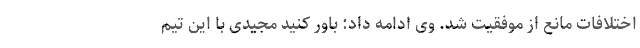
اختلافات مانع از موفقیت شد. وی ادامه داد: باور کنید مجیدی با این تیم